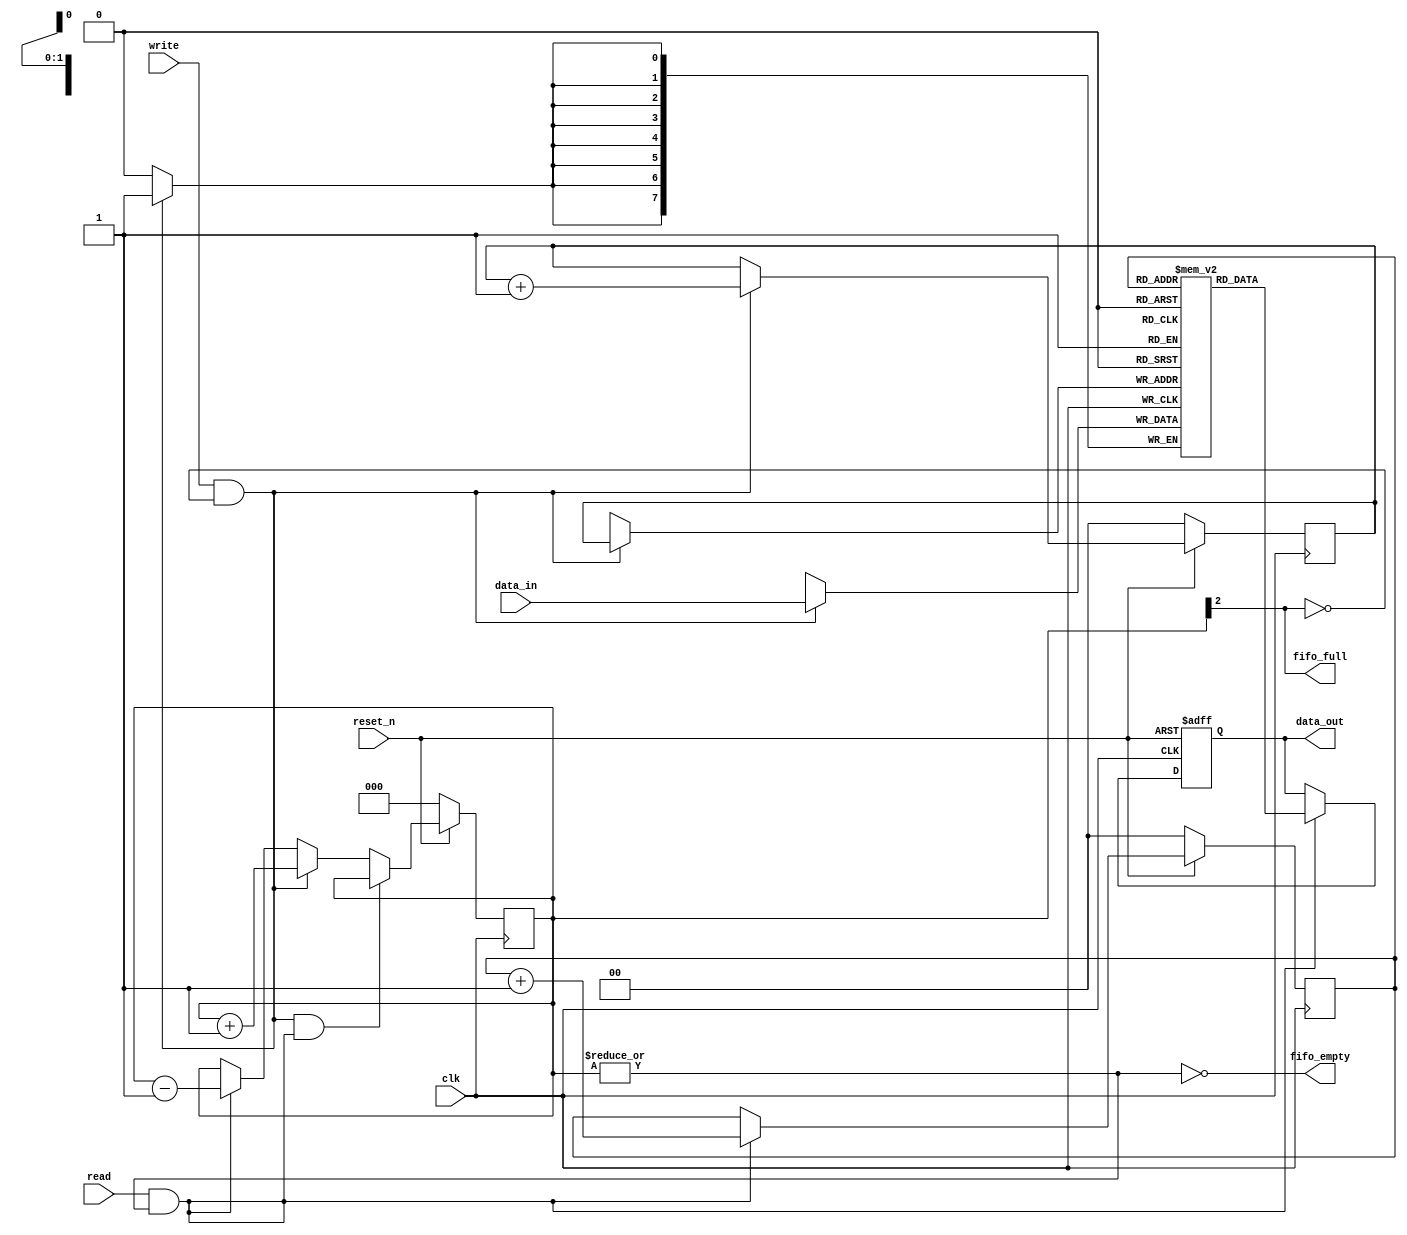
//***********************************************************
//	Developed on:	5-Nov-2016
//	Module:		Generic FIFO block (To be used in 
//                      RxFIFO & TxFIFO blocks)
//***********************************************************
module fifo(	clk,
		reset_n,
		data_in,
		write,
		read,	
		fifo_full,
		fifo_empty,
		data_out);

input		clk;
input		reset_n;
input	[7:0]	data_in;
input		write;
input		read;

output		fifo_full;
output		fifo_empty;
output	[7:0]	data_out;

wire	clk;
wire	reset_n;
wire	[7:0]data_in;
wire	write;
wire	read;

wire		fifo_full;
reg    	[7:0]	data_out;
reg 	[7:0]	fifo_data[3:0];
reg 	[1:0]	rd_ptr;
reg 	[1:0]	wr_ptr;
reg 	[2:0]	data_count;	 
wire		fifo_empty;

always @(posedge clk)
begin
	//anisa if(~reset_n)
	//anisa	fifo_data 	<= {{8'b0}};
	//anisa else
		if(write && !fifo_full)
			fifo_data[wr_ptr] <= data_in; 
		
end

always @(posedge clk)
begin
	if(~reset_n)
		wr_ptr		<= 1'b0;
	else	
		if(write && !fifo_full)
	 		wr_ptr <= wr_ptr +1;	
end


always @(posedge clk  or negedge reset_n)
begin
	if(~reset_n)
		data_out<=8'hFF;
	else	
	begin
		if(read && !fifo_empty)
			data_out<=fifo_data[rd_ptr];  //0th position in this implementation
		else
			data_out<=data_out;
	end
end
	
always @(posedge clk)
begin
	if(~reset_n)
		rd_ptr 		<= 1'b0;
	else	
		if(read && !fifo_empty)
	 		rd_ptr <= rd_ptr +1;	
end

always @(posedge clk)
begin
	if(~reset_n)
		data_count 	<= 2'b0;
	else	
		if((write && !fifo_full) && (read && !fifo_empty))
			data_count <= data_count;
		else if(write && !fifo_full)
	 		data_count <= data_count + 1;	
		else if(read && !fifo_empty)
			data_count <= data_count - 1;
		else
			data_count <= data_count;
	
end
assign fifo_full = data_count[2];
assign fifo_empty = !(|data_count);

endmodule